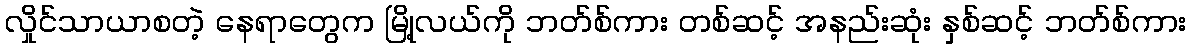
လှိုင်သာယာစတဲ့ နေရာတွေက မြို့လယ်ကို ဘတ်စ်ကား တစ်ဆင့် အနည်းဆုံး နှစ်ဆင့် ဘတ်စ်ကား